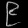
Digit: ၉